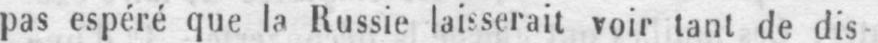
pas espéré que la Russie laisserait voir tant de dis-